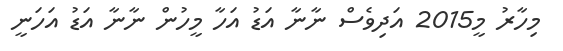
މިހާރު މީ2015 އަދިވެސް ނާނާ އަޑު އަހާ މީހުން ނާނާ އަޑު އަހަނީ